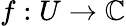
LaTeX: f:U\rightarrow\mathbb{C}